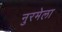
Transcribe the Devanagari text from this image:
नुरमेला